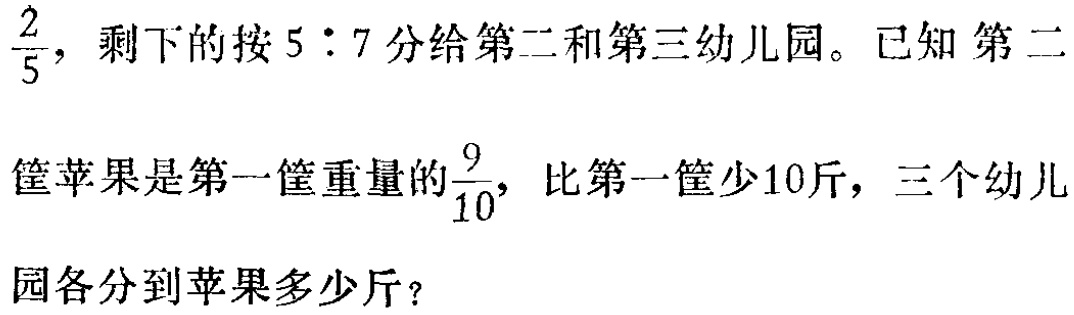
$\frac{2}{5}$，剩下的按$5:7$分给第二和第三幼儿园。已知第二

筐苹果是第一筐重量的$\frac{9}{10}$，比第一筐少10斤，三个幼儿

园各分到苹果多少斤？